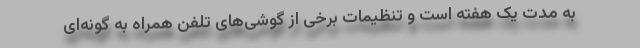
به مدت یک هفته است و تنظیمات برخی از گوشی‌های تلفن همراه به گونه‌ای